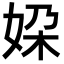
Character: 㛆